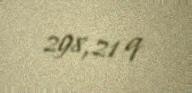
298,21 q